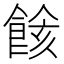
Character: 餩